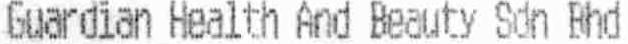
GUARDIAN HEALTH AND BEAUTY SDN BHD